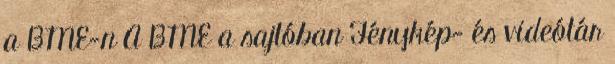
a BME-n A BME a sajtóban Fénykép- és videótár